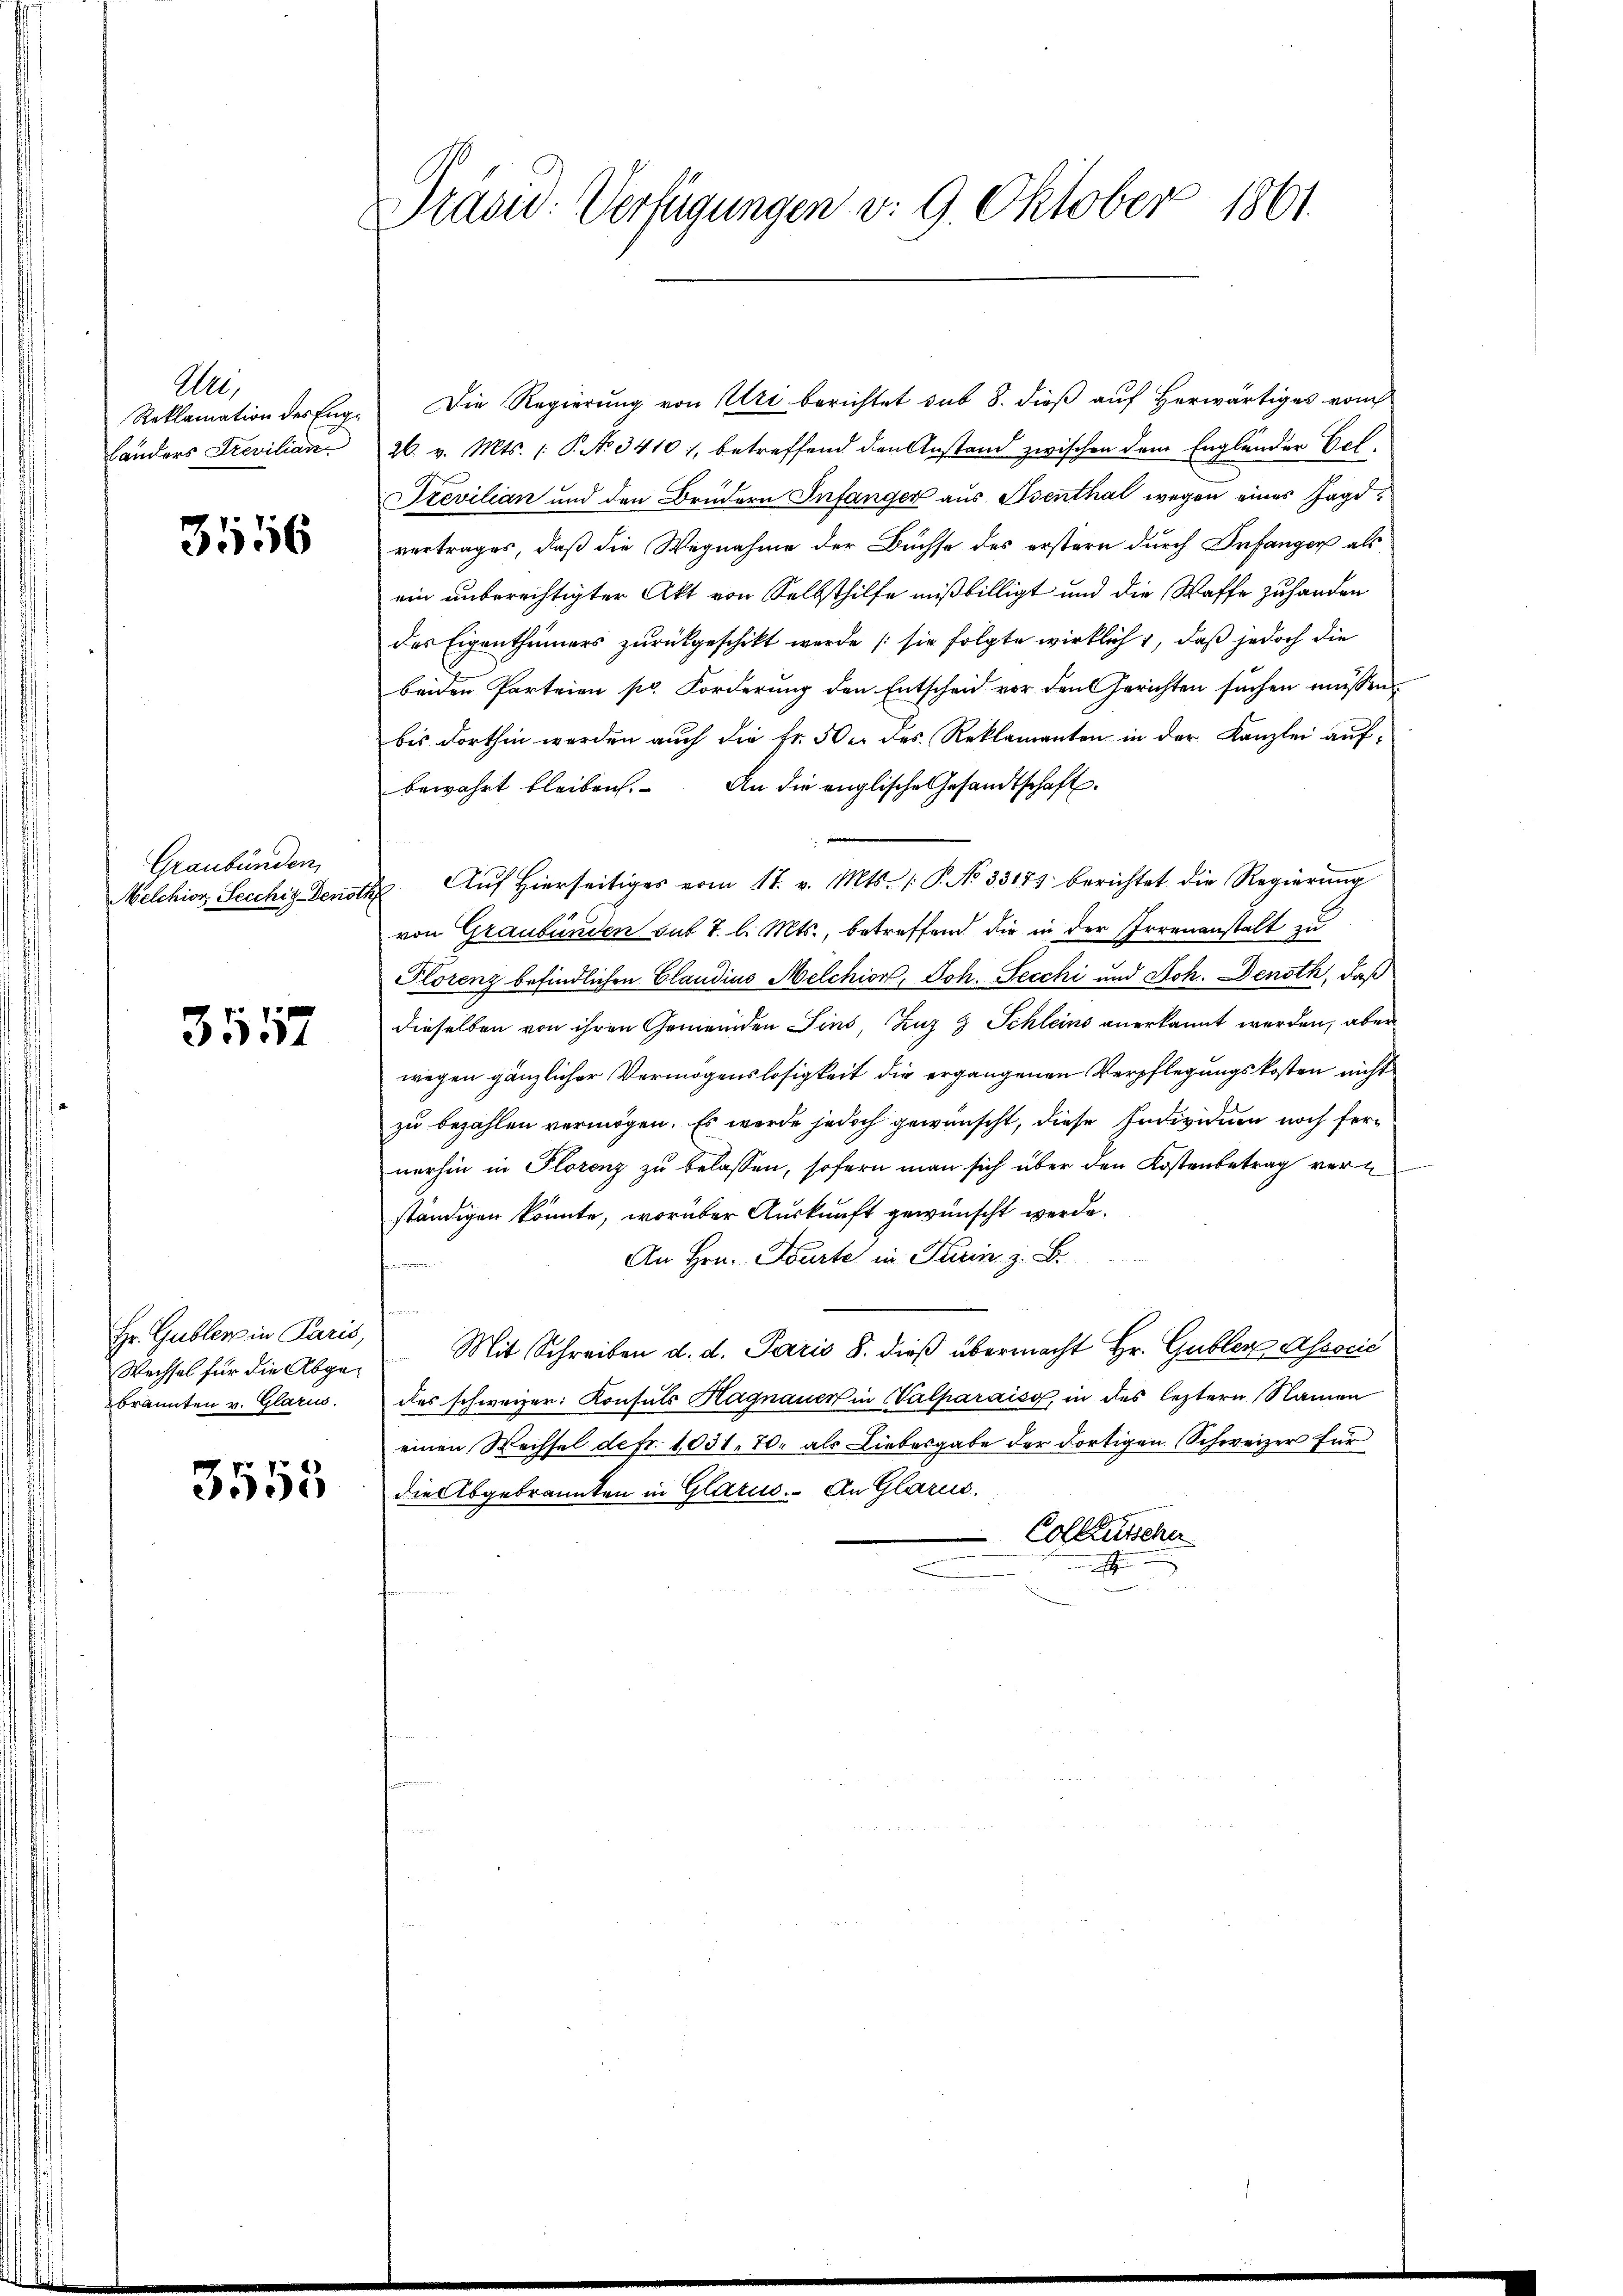
Au
Landers Trevilian

3556

Graubünden

3557

Wechsel für die Abgebrannten v. Glarus.

3553

Präsid. Verfügungen v. 9. Oktober 1861.

Reklamation der Eng. Die Regierung von Uri berichtet sub 8. dieß auf herwärtiges vom
26. v. Mts. /: P. No 34101, betreffend den Anstand zwischen dem Engländer Ecl.
Irevilian und den Brüdern Infanger aus Osenthal wegen eines Jagdvertrages, daß die Wegnahme der Buchse des erstern durch Infanger als
ein unberechtigter Akt von Selbsthilfe mißbilligt und die Waffe zu handen
des Eigenthümers zurückgeschikt werde (sie folgte wirklich 1, daß jedoch die
beiden Parteien pr. Forderung den Entscheid vor den Gerichten suchen müssen.
bis dorthin werden auch die Fr. 30er des Reklamanten in der Kanzlei aufbewahrt bleiben. An die englische Gesandtschaft.
Melchior Secchis Denoth Aŭf hierseitiges vom 17. v. Mts. /: P. No 33171 berichtet die Regierŭng
von Graubünden das 7. l. Mts., betreffend die in der Irrenanstalt zu
Plorenz befindlichen Claudius Melchior, Joh. Pecchi und Joh. Denoth, daß
dieselben von ihren Gemeinden Sins, Zug & Schleins anerkannt werden, aber
wegen gänzlicher Vermögenslosigkeit die ergangenen Verpflegungskosten nicht
zu bezahlen vermögen. Es werde jedoch gewünscht, diese Individuen noch fernerhin in Florenz zu belassen, sofern man sich über den Kostenbetrag vern
ständigen könnte, worüber Auskunft gewünscht werde.
An Hrn. Karte in Parin z. B.
harmoniomen
Hr. Gubler in Paris, Mit Schreiben d. d. Paris 8. dieß übermacht Hr. Gubler Associć
des schweizer: Konsuls Hagnauer in Valparais, in des leztern Namen
einen Wechsel de fr. 1031, 70. als Liebesgabe der dortigen Schweizer für
die Abgebrannten in Glarus. An Glarus.
Collaussche